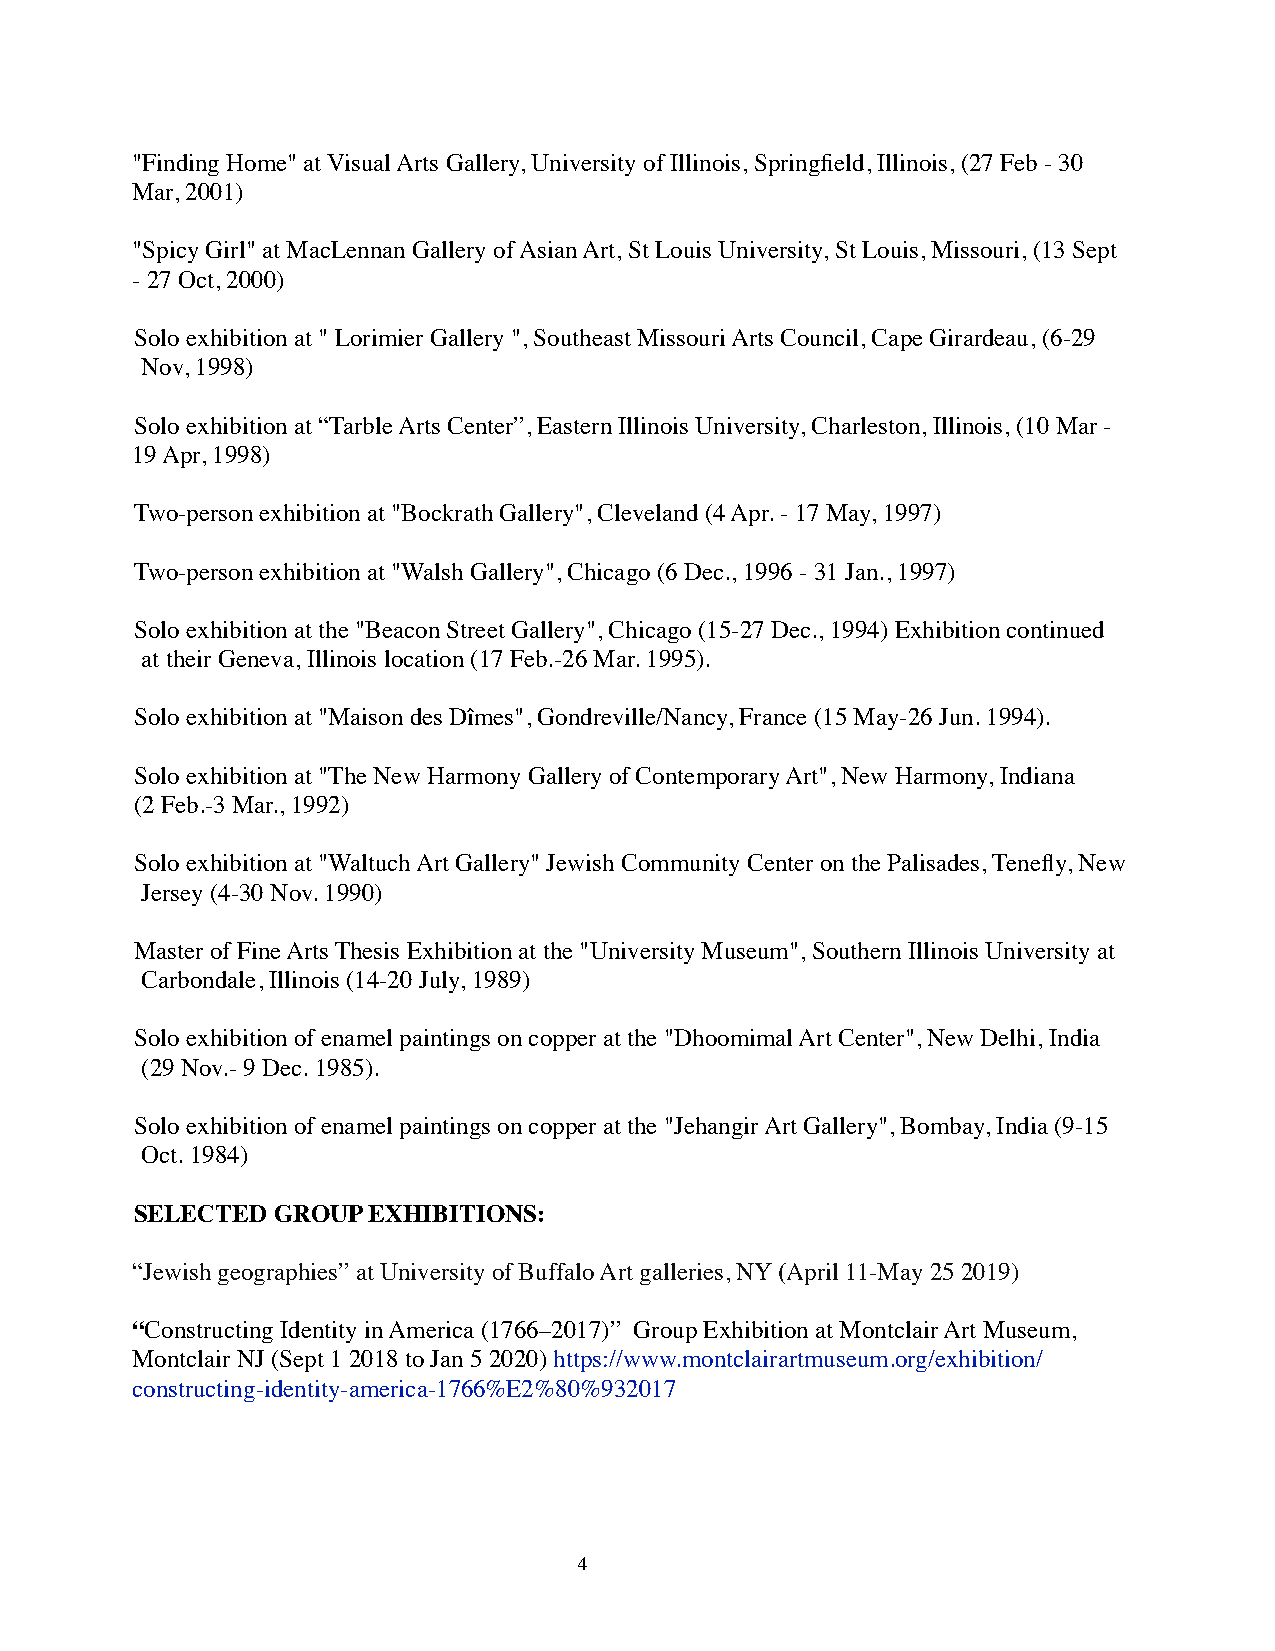
"Finding Home" at Visual Arts Gallery, University of Illinois, Springfield, Illinois, (27 Feb - 30
 Mar, 2001)
 "Spicy Girl" at MacLennan Gallery of Asian Art, St Louis University, St Louis, Missouri, (13 Sept
 - 27 Oct, 2000)
 Solo exhibition at " Lorimier Gallery ", Southeast Missouri Arts Council, Cape Girardeau, (6-29
 Nov, 1998)
 Solo exhibition at “Tarble Arts Center”, Eastern Illinois University, Charleston, Illinois, (10 Mar -
 19 Apr, 1998)
 Two-person exhibition at "Bockrath Gallery", Cleveland (4 Apr. - 17 May, 1997)
 Two-person exhibition at "Walsh Gallery", Chicago (6 Dec., 1996 - 31 Jan., 1997)
 Solo exhibition at the "Beacon Street Gallery", Chicago (15-27 Dec., 1994) Exhibition continued
 at their Geneva, Illinois location (17 Feb.-26 Mar. 1995).
 Solo exhibition at "Maison des Dîmes", Gondreville/Nancy, France (15 May-26 Jun. 1994).
 Solo exhibition at "The New Harmony Gallery of Contemporary Art", New Harmony, Indiana
 (2 Feb.-3 Mar., 1992)
 Solo exhibition at "Waltuch Art Gallery" Jewish Community Center on the Palisades, Tenefly, New
 Jersey (4-30 Nov. 1990)
 Master of Fine Arts Thesis Exhibition at the "University Museum", Southern Illinois University at
 Carbondale, Illinois (14-20 July, 1989)
 Solo exhibition of enamel paintings on copper at the "Dhoomimal Art Center", New Delhi, India
 (29 Nov.- 9 Dec. 1985).
 Solo exhibition of enamel paintings on copper at the "Jehangir Art Gallery", Bombay, India (9-15
 Oct. 1984)
 SELECTED GROUP EXHIBITIONS:
 “Jewish geographies” at University of Buffalo Art galleries, NY (April 11-May 25 2019)
 “Constructing Identity in America (1766–2017)” Group Exhibition at Montclair Art Museum,
 Montclair NJ (Sept 1 2018 to Jan 5 2020) https://www.montclairartmuseum.org/exhibition/
 constructing-identity-america-1766%E2%80%932017
 4